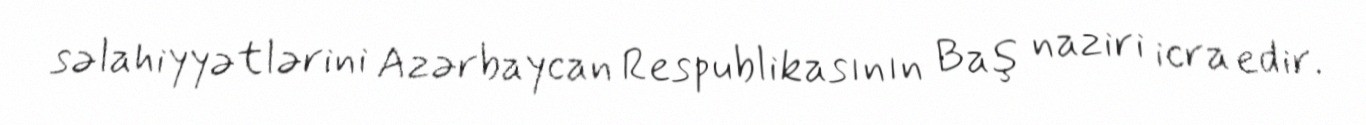
səlahiyyətlərini Azərbaycan Respublikasının Baş naziri icra edir.